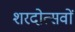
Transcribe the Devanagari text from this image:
शरदोत्सवों